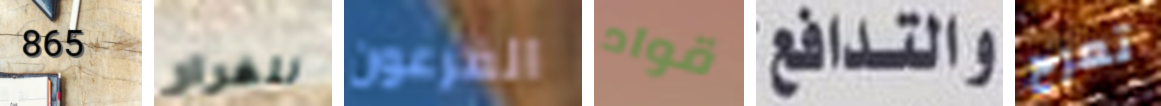
865 للفرار الفرعون قواد والتدافع تعرج